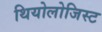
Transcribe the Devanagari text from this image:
थियोलोजिस्ट